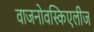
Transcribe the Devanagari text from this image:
वाजनोवस्किएलीज